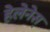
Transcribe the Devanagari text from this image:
हेलेनेस्